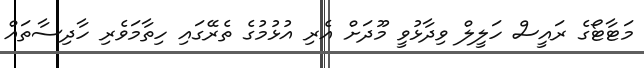
މަޓާޓޯގެ ރައީސް ހަލީލް ވިދާޅުވީ މޫދަށް އެރި އުޅުމުގެ ތެރޭގައި ހިތާމަވެރި ހާދިސާތައް